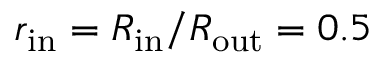
r _ { \mathrm { i n } } = R _ { \mathrm { i n } } / R _ { \mathrm { o u t } } = 0 . 5